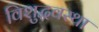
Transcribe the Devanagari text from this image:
विशुद्धवस्था